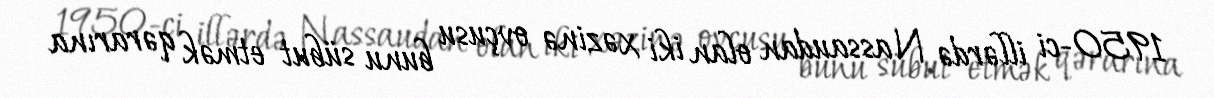
1950-ci illərdə Nassaudan olan iki xəzinə ovçusu bunu sübut etmək qərarına